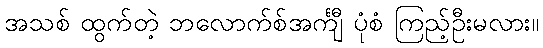
အသစ် ထွက်တဲ့ ဘလောက်စ်အင်္ကျီ ပုံစံ ကြည့်ဦးမလား။